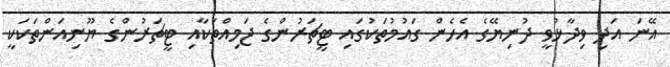
އޭނަ އަދި ވިދާޅުވީ ދުނިޔޭގެ އެހެން ގައުމުތަކުގައި ޓީޗަރުންގެ ޖަމިއްތަކާއި ޓީޗަރުންގެ ޔޫނިއަންތަކަކީ